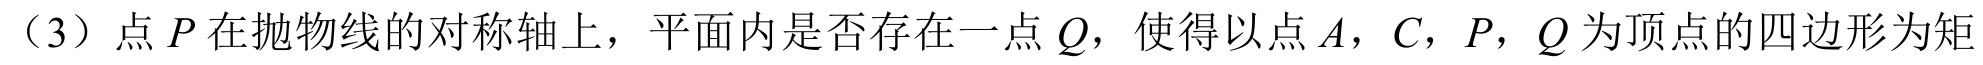
（3）点\(P\)在抛物线的对称轴上，平面内是否存在一点\(Q\)，使得以点\(A，C，P，Q\)为顶点的四边形为矩